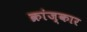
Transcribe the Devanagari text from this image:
क्रांज्कार